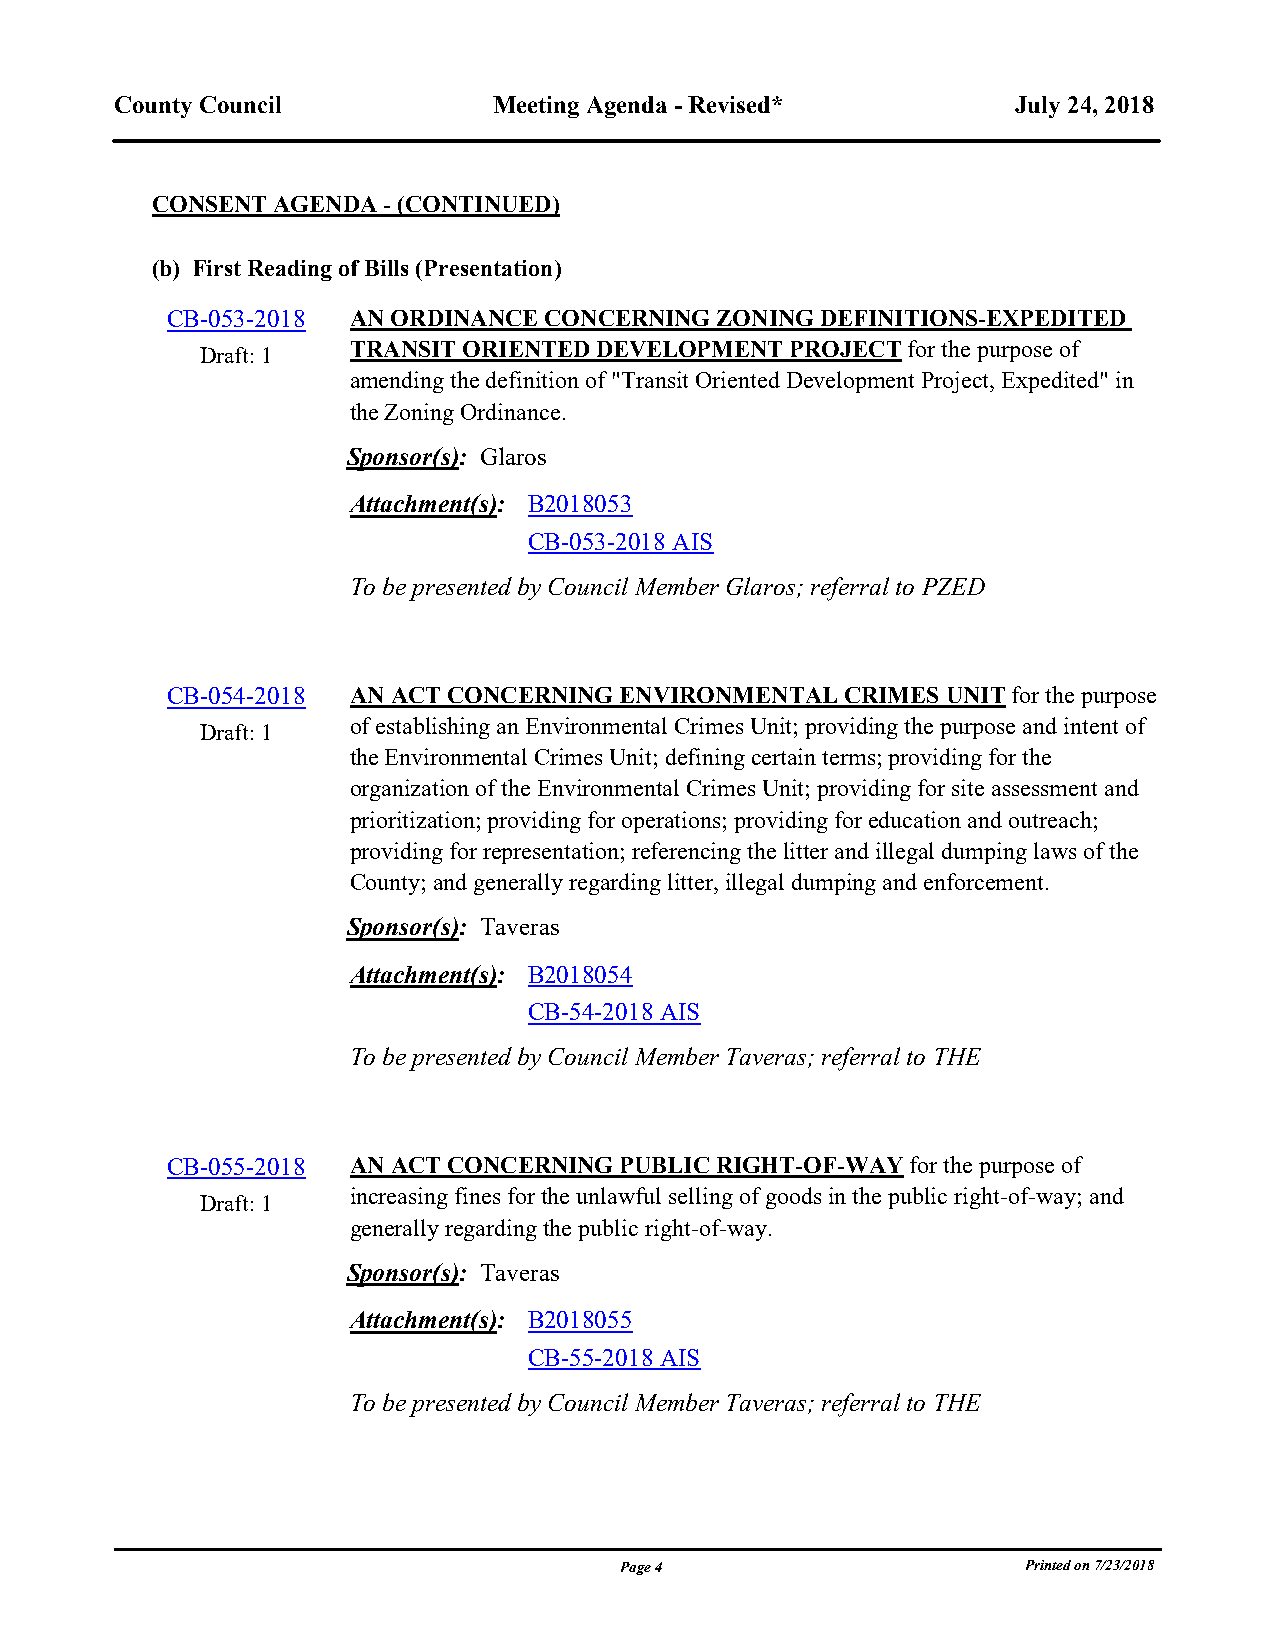
County Council           Meeting Agenda - Revised*         July 24, 2018
 CONSENT AGENDA - (CONTINUED)
 (b) First Reading of Bills (Presentation)
 CB-053-2018 AN ORDINANCE CONCERNING ZONING DEFINITIONS-EXPEDITED
 TRANSIT ORIENTED DEVELOPMENT PROJECT for the purpose of
 Draft: 1
 amending the definition of "Transit Oriented Development Project, Expedited" in
 the Zoning Ordinance.
 Sponsor(s): Glaros
 Attachment(s): B2018053
 CB-053-2018 AIS
 To be presented by Council Member Glaros; referral to PZED
 blank line
 CB-054-2018 AN ACT CONCERNING ENVIRONMENTAL  CRIMES UNIT for the purpose
 of establishing an Environmental Crimes Unit; providing the purpose and intent of
 Draft: 1
 the Environmental Crimes Unit; defining certain terms; providing for the
 organization of the Environmental Crimes Unit; providing for site assessment and
 prioritization; providing for operations; providing for education and outreach;
 providing for representation; referencing the litter and illegal dumping laws of the
 County; and generally regarding litter, illegal dumping and enforcement.
 Sponsor(s): Taveras
 Attachment(s): B2018054
 CB-54-2018 AIS
 To be presented by Council Member Taveras; referral to THE
 blank line
 CB-055-2018 AN ACT CONCERNING PUBLIC RIGHT-OF-WAY for the purpose of
 increasing fines for the unlawful selling of goods in the public right-of-way; and
 Draft: 1
 generally regarding the public right-of-way.
 Sponsor(s): Taveras
 Attachment(s): B2018055
 CB-55-2018 AIS
 To be presented by Council Member Taveras; referral to THE
 Page 4                     Printed on 7/23/2018